Civil Veterinary Department. Central Provinces & Berar 1925-31 - 1925-1931
Year: 1925
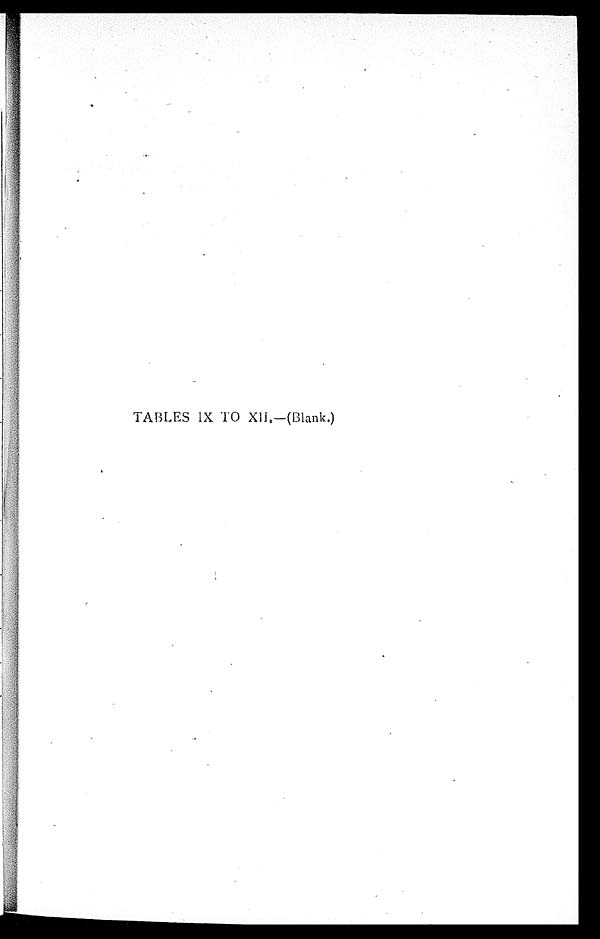
TABLES IX TO XII.—(Blank.)